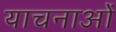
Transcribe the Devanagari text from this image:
याचनाओं